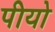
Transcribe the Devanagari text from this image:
पीयो